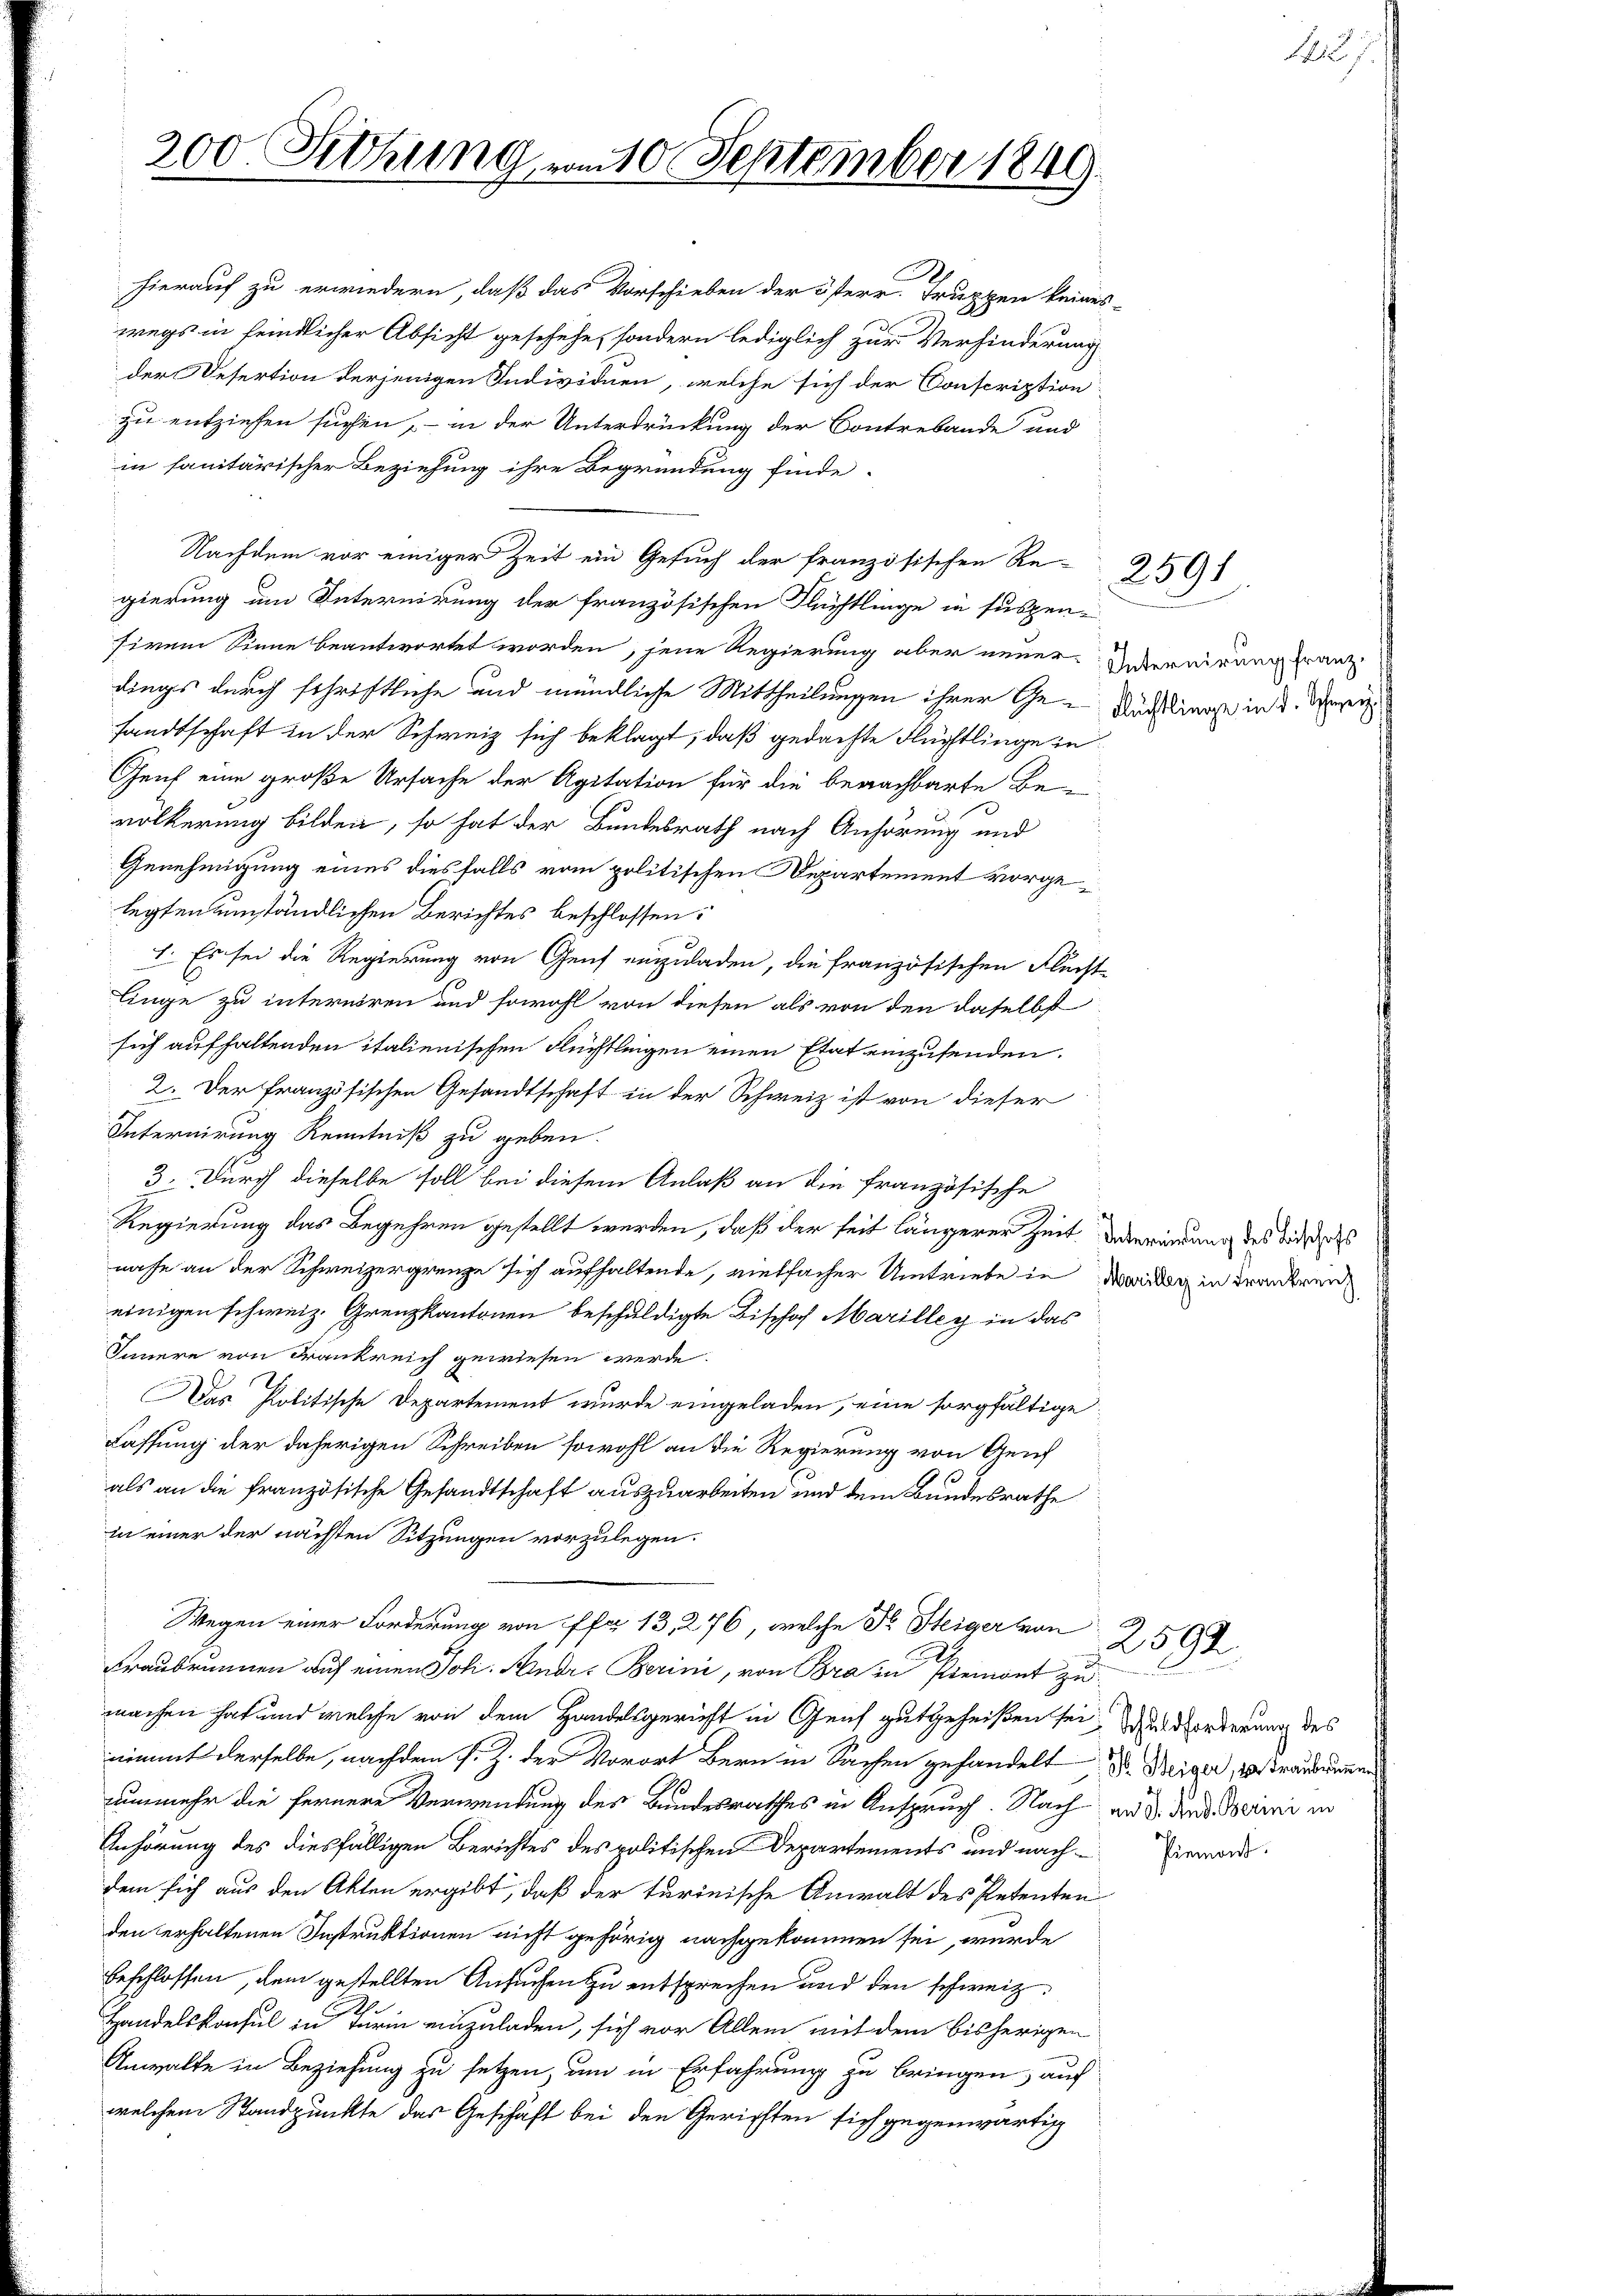
hierauf zu erwiedern, daß das Vorschieben der österr. Truppen keines
wegs in feindlicher Absicht geschehe, sondern lediglich zur Verhinderung
der Desertion derjenigen Individuen, welche sich der Conscription
zu entziehen suchen, – in der Unterdrückung der Contrebande und
in sanitärischer Beziehung ihre Begründung finde.
Nachdem vor einiger Zeit ein Gesuch der französischen Re-
gierung um Internirung der französischen Flüchtlinge in suspen-
siren Sinne beantwortet worden, jene Regierung aber neuer-Vereirung ganz
dings durch schriftliche und mündliche Mittheilungen ihrer Ge- Russlinge in d. Men
sandtschaft in der Schweiz sich beklagt, daß gedachte Flüchtlinge in
Genf eine große Ursache der Agitation für die benachbarte Be-
völkerung bilden, so hat der Bundesrath nach Anhörung und
Genehmigung eines diesfalls vom politischen Departement vorgelegten umständlichen Berichtes beschlossen:
I. Es sei die Regierung von Genf einzuladen, die französischen Fluchtlinge zu interniren und sowohl von diesen als von den daselbst
sich aufhaltenden italienischen Flüchtlingen einen Etat einzusenden.
2. Der französischen Gesandtschaft in der Schweiz ist von dieser
Internirung Kenntniß zu geben.
3. Durch dieselbe soll bei diesem Anlaß an die französische
Regierung das Begehren gestellt werden, daß der seit längerer Zeit Vereitung des Todes
nahe an der Schweizergrenze sich aufhaltende, vielfacher Umtriebe in Deiner in Frankren
einigen schweiz. Grenzkantonen beschuldigte Bischof Marilleg in das
Tauere von Frankreich gewiesen werde.
Das Politische Departement wurde eingeladen, eine sorgfältige
Fassung der daherigen Schreiben sowohl an die Regierung von Genf
als an die französische Gesandtschaft auszuarbeiten und dem Bundesrathe
in einer der nächsten Sitzungen vorzulegen.
Wegen einer Forderung von Efer 13, 276, welche Dr Steiger von
Fraubrunnen auf einen Soli. Andr. Berini, von Bra in Piemont zu
machen hat und welche von dem Handelsgericht in Genf gutgeheißen sei. Der Norderung des
nimmt derselbe, nachdem s. Z. der Vorort Bern in Sachen gehandelt, Dr. Weiger, vertraume
nunmehr die fernere Verwendung des Bundesrathes in Anspruch. Nach an d. des Merini in
Anhörung des diesfälligen Berichtes des politischen Departements und nachdem sich aus den Akten ergibt, daß der turinische Anwalt des Petenten
den erhaltenen Instruktionen nicht gehörig nachgekommen sei, wurde
beschlossen, dem gestellten Ansuchen zu entsprechen und den schweiz.
Handelskonsul in Turm einzuladen, sich vor Allem mit dem bisherigen
Anwalte in Beziehung zu setzen, um in Erfahrung zu bringen, auf
welchem Standpunkte das Geschäft bei den Gerichten sich gegenwärtig

200. Siehung, vom 10. September 1849.

2591

2592.

Piemont.

Mid. J.